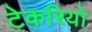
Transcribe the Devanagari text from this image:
टेकरियो